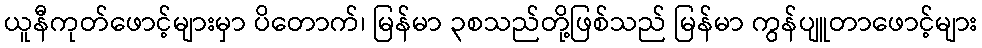
ယူနီကုတ်ဖောင့်များမှာ ပိတောက်၊ မြန်မာ ၃စသည်တို့ဖြစ်သည် မြန်မာ ကွန်ပျူတာဖောင့်များ